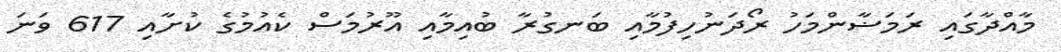
މާއްދާގައި ރަމަޟާންމަހު ރޯދަނުހިފުމާއި ބަނގުރާ ބުއިމާއި އޫރުމަސް ކެއުމުގެ ކުށާއި 617 ވަނަ